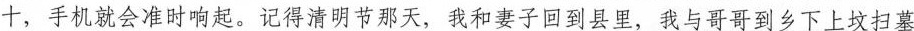
十，手机就会准时响起。记得清明节那天，我和妻子回到县里，我与哥哥到乡下上坟扫墓